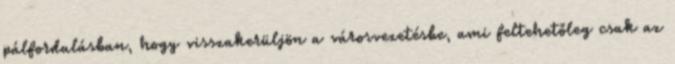
pálfordulásban, hogy visszakerüljön a városvezetésbe, ami feltehetőleg csak az